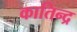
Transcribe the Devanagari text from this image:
कातिन्द्र